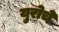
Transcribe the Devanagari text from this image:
युरोचे